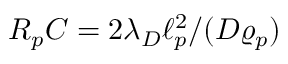
R _ { p } C = 2 \lambda _ { D } \ell _ { p } ^ { 2 } / ( D \varrho _ { p } )